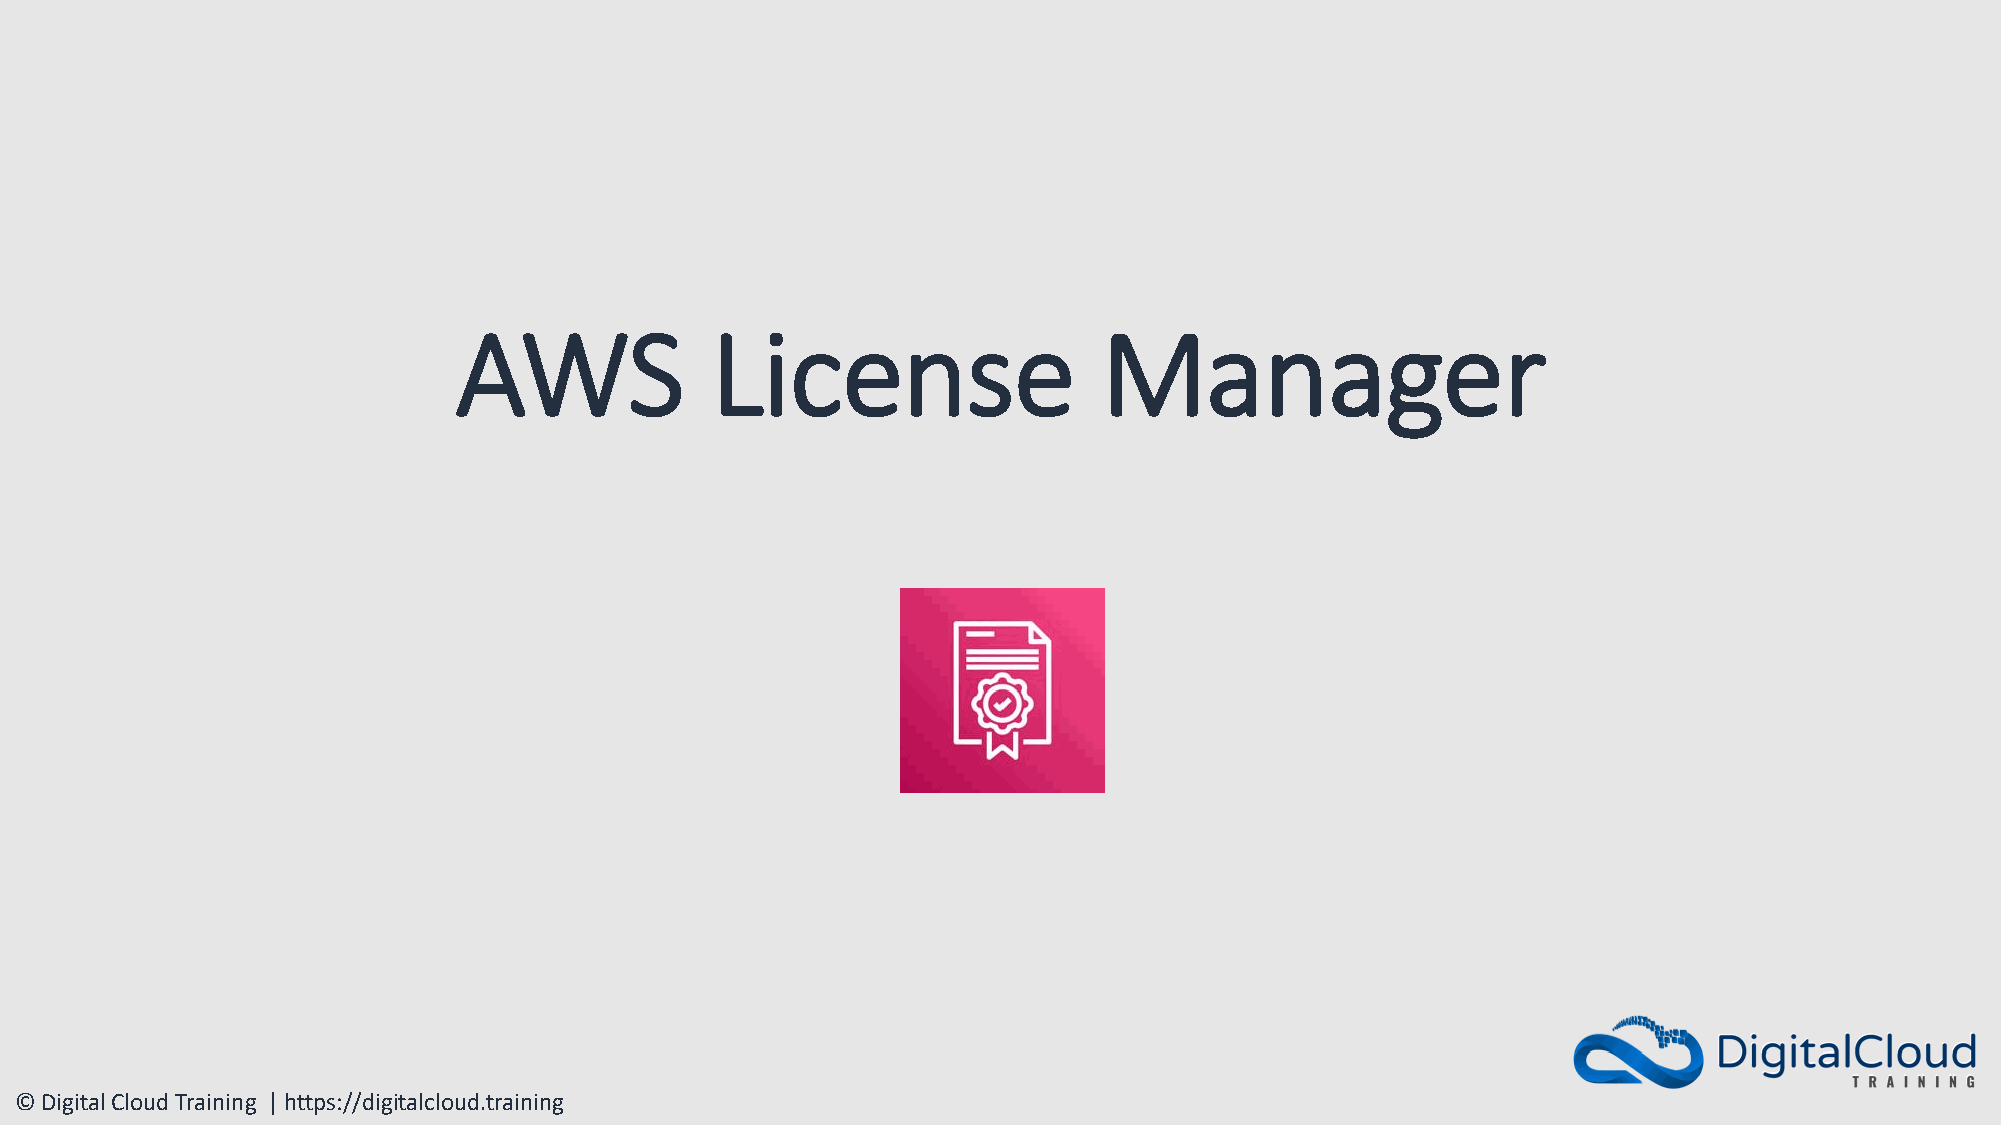
AWS              License                   Manager
 © Digital Cloud Training | https://digitalcloud.training